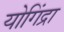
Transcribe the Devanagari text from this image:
योगिंद्रा